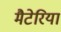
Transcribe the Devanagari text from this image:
मैटेरिया